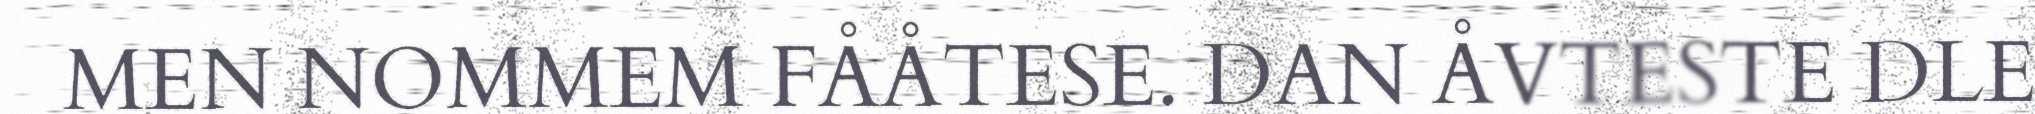
MEN NOMMEM FÅÅTESE. DAN ÅVTESTE DLE